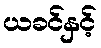
ယခင်နှင့်